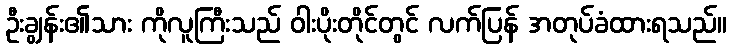
ဦးချွန်း၏သား ကိုလူကြီးသည် ဝါးပိုးတိုင်တွင် လက်ပြန် အတုပ်ခံထားရသည်။